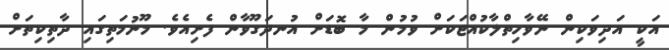
އަކީ އަދިވަކިން ނޭވާހިތްލާކުއްޖަކަށް ވުމުން މާ ބޮޑަށް އުނދަގޫވާން ފެށިއެވެ. މޫނުމަތިގައި ދާތިކިތަށް